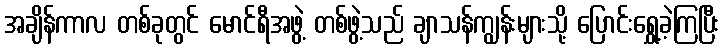
အချိန်ကာလ တစ်ခုတွင် မောင်ရီအဖွဲ့ တစ်ဖွဲ့သည် ချာသန်ကျွန်းများသို့ ပြောင်းရွှေ့ခဲ့ကြပြီး